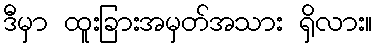
ဒီမှာ ထူးခြားအမှတ်အသား ရှိလား။